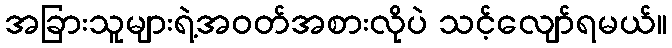
အခြားသူများရဲ့အဝတ်အစားလိုပဲ သင့်လျော်ရမယ်။